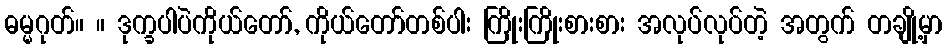
ဓမ္မဂုတ်။ ။ ဒုက္ခပါပဲကိုယ်တော်, ကိုယ်တော်တစ်ပါး ကြိုးကြိုးစားစား အလုပ်လုပ်တဲ့ အတွက် တချို့မှာ